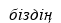
біздің